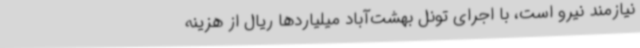
نیازمند نیرو است، با اجرای تونل بهشت‌آباد میلیاردها ریال از هزینه